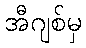
အီဂျစ်မှ